Report of the Indian Hemp Drugs Commission, 1894-1895 - Volume IV
Year: 1894
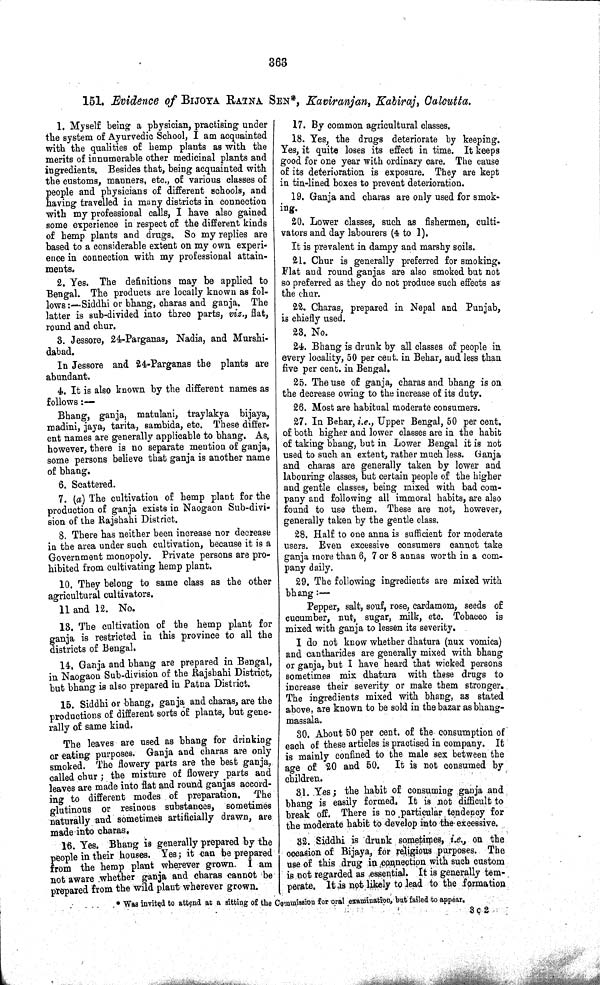
363
151. Evidence of BIJOYA RATNA SEN*, Kaviranjan, Kabiraj, Calcutta.
1. Myself being a physician, practising under
the system of Ayurvedic School, I am acquainted
with the qualities of hemp plants as with the
merits of innumerable other medicinal plants and
ingredients. Besides that, being acquainted with
the customs, manners, etc., of various classes of
people and physicians of different schools, and
having travelled in many districts in connection
with my professional calls, I have also gained
some experience in respect of the different kinds
of hemp plants and drugs. So my replies are
based to a considerable extent on my own experi-
ence in connection with my professional attain-
ments.
2. Yes. The definitions may be applied to
Bengal. The products are locally known as fol-
lows:—Siddhi or bhang, charas and ganja. The
latter is sub-divided into three parts, viz., flat,
round and chur.
3. Jessore, 24-Parganas, Nadia, and Murshi-
dabad.
In Jessore and 24-Parganas the plants are
abundant.
4. It is also known by the different names as
follows:—
Bhang, ganja, matulani, traylakya bijaya,
madini, jaya, tarita, sambida, etc. These differ-
ent names are generally applicable to bhang. As,
however, there is no separate mention of ganja,
some persons believe that ganja is another name
of bhang.
6. Scattered.
7. (a) The cultivation of hemp plant for the
production of ganja exists in Naogaon Sub-divi-
sion of the Rajshahi District.
8. There has neither been increase nor decrease
in the area under such cultivation, because it is a
Government monopoly. Private persons are pro-
hibited from cultivating hemp plant.
10. They belong to same class as the other
agricultural cultivators.
11 and 12. No.
13. The cultivation of the hemp plant for
ganja is restricted in this province to all the
districts of Bengal.
14. Ganja and bhang are prepared in Bengal,
in Naogaon Sub-division of the Rajshahi District,
but bhang is also prepared in Patna District.
15. Siddhi or bhang, ganja and charas, are the
productions of different sorts of plants, but gene-
rally of same kind.
The leaves are used as bhang for drinking
or eating purposes. Ganja and charas are only
smoked. The flowery parts are the best ganja,
called chur; the mixture of flowery parts and
leaves are made into flat and round ganjas accord-
ing to different modes of preparation.
The
glutinous or resinous substances, sometimes
naturally and sometimes artificially drawn, are
made into charas.
16. Yes. Bhang is generally prepared by the
people in their houses. Yes; it can be prepared
from the hemp plant wherever grown. I am
not aware whether ganja and charas cannot be
prepared from the wild plant wherever grown.
17. By common agricultural classes.
18. Yes, the drugs deteriorate by keeping.
Yes, it quite loses its effect in time. It keeps
good for one year with ordinary care. The cause
of its deterioration is exposure. They are kept
in tin-lined boxes to prevent deterioration.
19. Ganja and charas are only used for smok-
ing.
20. Lower classes, such as fishermen, culti-
vators and day labourers (4 to 1).
It is prevalent in dampy and marshy soils.
21. Chur is generally preferred for smoking.
Flat and round ganjas are also smoked but not
so preferred as they do not produce such effects as
the chur.
22. Charas, prepared in Nepal and Punjab,
is chiefly used.
23. No.
24. Bhang is drunk by all classes of people in
every locality, 50 per cent. in Behar, and less than
five per cent. in Bengal.
25. The use of ganja, charas and bhang is on
the decrease owing to the increase of its duty.
26. Most are habitual moderate consumers.
27. In Behar, i.e., Upper Bengal, 50 per cent.
of both higher and lower classes are in the habit
of taking bhang, but in Lower Bengal it is not
used to such an extent, rather much less. Ganja
and charas are generally taken by lower and
labouring classes, but certain people of the higher
and gentle classes, being mixed with bad com-
pany and following all immoral habits, are also
found to use them. These are not, however,
generally taken by the gentle class.
28. Half to one anna is sufficient for moderate
users. Even excessive consumers cannot take
ganja more than 6, 7 or 8 annas worth in a com-
pany daily.
29. The following ingredients are mixed with
bhang:—
Pepper, salt, souf, rose, cardamom, seeds of
cucumber, nut, sugar, milk, etc. Tobacco is
mixed with ganja to lessen its severity.
I do not know whether dhatura (nux vomica)
and cantharides are generally mixed with bhang
or ganja, but I have heard that wicked persons
sometimes mix dhatura with these drugs to
increase their severity or make them stronger.
The ingredients mixed with bhang, as stated
above, are known to be sold in the bazar as bhang-
massala.
30. About 50 per cent. of the consumption of
each of these articles is practised in company. It
is mainly confined to the male sex between the
age of 20 and 50.
It is not consumed by
children.
81. Yes; the habit of consuming ganja and
bhang is easily formed. It is not difficult to
break off. There is no particular tendency for
the moderate habit to develop into the excessive.
32. Siddhi is drunk sometimes, i.e., on the
occasion of Bijaya, for religious purposes. The
use of this drug in connection with such custom
is not regarded as essential. It is generally tem-
perate. It is not likely to lead to the formation
* Was invited to attend at a sitting of the Commission for oral examination, but failed to appear.
3 C 2